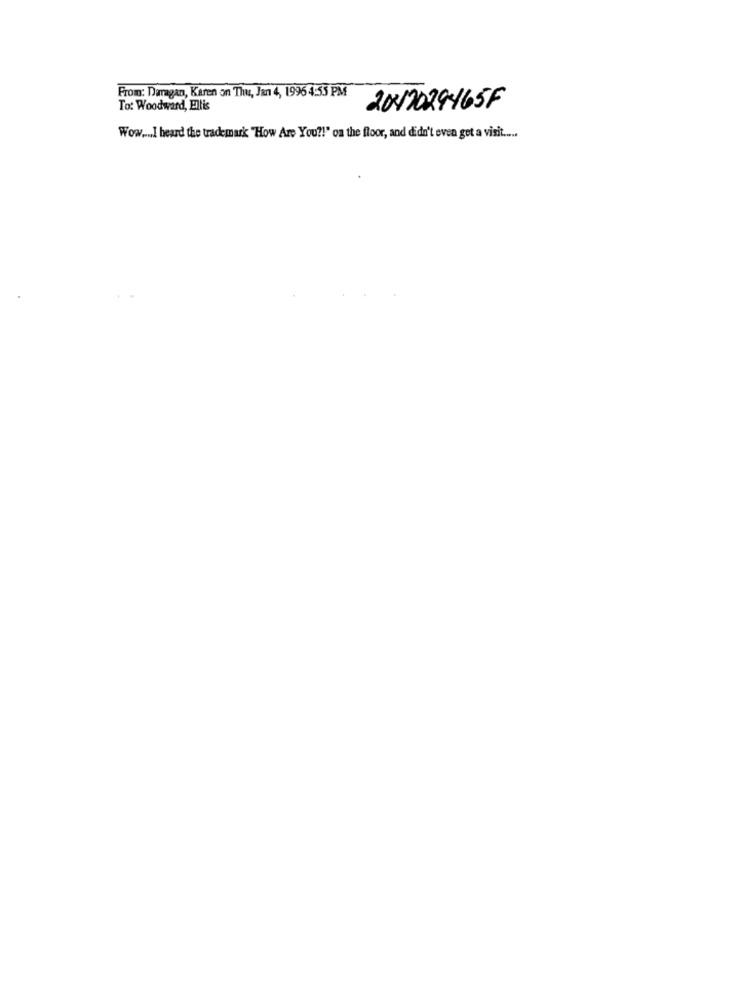
From: Daragan, Karen on Thu, Jan 4, 1996 4:53 PM
To: Woodward, Ellis
2017029465F
Wow .... I heard the trademark "How Are You ?! " on the floor, and didn't even get a visit .....